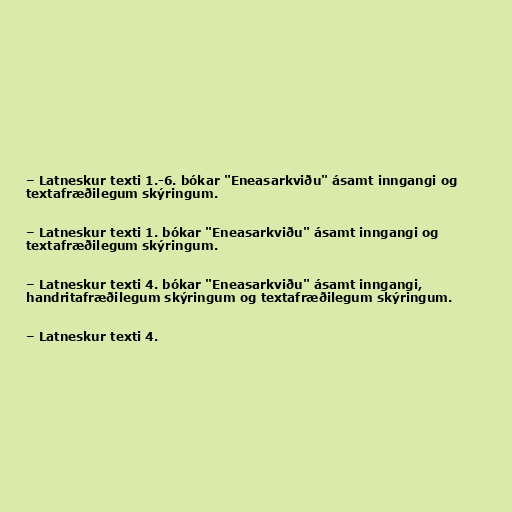
– Latneskur texti 1.-6. bókar "Eneasarkviðu" ásamt inngangi og
textafræðilegum skýringum.

– Latneskur texti 1. bókar "Eneasarkviðu" ásamt inngangi og
textafræðilegum skýringum.

– Latneskur texti 4. bókar "Eneasarkviðu" ásamt inngangi,
handritafræðilegum skýringum og textafræðilegum skýringum.

– Latneskur texti 4.